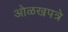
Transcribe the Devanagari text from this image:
ओळखपत्रे